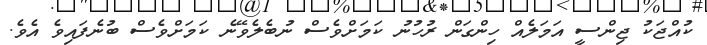
ކުއްޖަކު ޖިންސީ އަމަލެއް ހިންގަން ރުހުނު ކަމަށްވެސް ނުބެލެވޭނެ ކަމަށްވެސް ބުނެފައިވެ އެވެ.